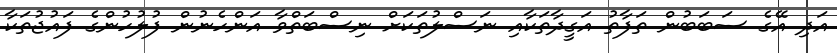
އަދި އޭގެ ސަބަބުން ތަފާތު އަގީދާތަކާއި ނަސްލުތަކަށް ނިސްބަތްވާ އަންހެނުން ފުލުހުންގެ ފައުޖުތަކާ